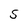
Character: S